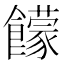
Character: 饛